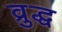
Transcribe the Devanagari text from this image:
व्रुद्ध